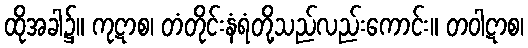
ထိုအခါ၌။ ကုဋာစ၊ တံတိုင်းနံရံတို့သည်လည်းကောင်း။ တဝါဋာစ၊